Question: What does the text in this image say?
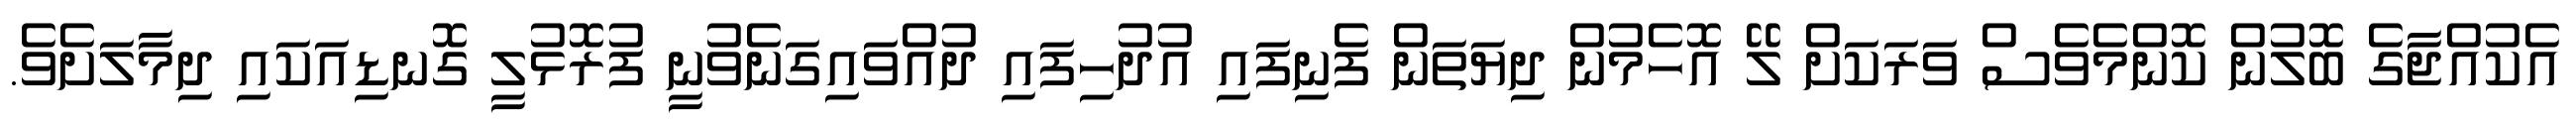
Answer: އެކުއްޖާގެ ބޮލުން ކޮންމެވެސް ވަރަކަށް ލޭ އޮހެމުން ދިޔަތަން ފެނިފައި އުދުހިފައި ދުއްވައިގަނެވުނީ ފުރޮޅުލީ ގޮނޑިއަކައި ދިމާލަށެވެ.